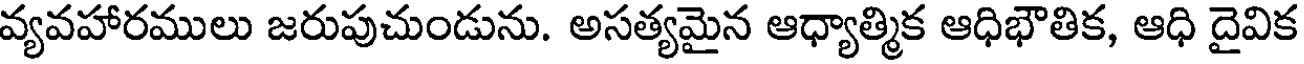
వ్యవహారములు జరుపుచుండును. అసత్యమైన ఆధ్యాత్మిక ఆధిభౌతిక, ఆధి దైవిక